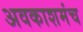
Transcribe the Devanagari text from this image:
अवकाशमंच